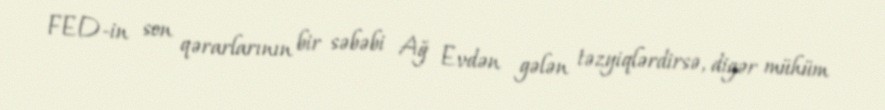
FED-in son qərarlarının bir səbəbi Ağ Evdən gələn təzyiqlərdirsə, digər mühüm